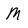
Character: M